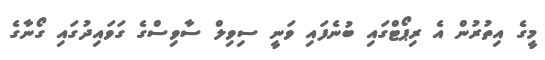
މީގެ އިތުރުން އެ ރިޕޯޓްގައި ބުނެފައި ވަނީ ސިވިލް ސާވިސްގެ ގަވައިދުގައި ގޯނާގެ